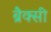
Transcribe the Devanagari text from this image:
ब्रैक्सी